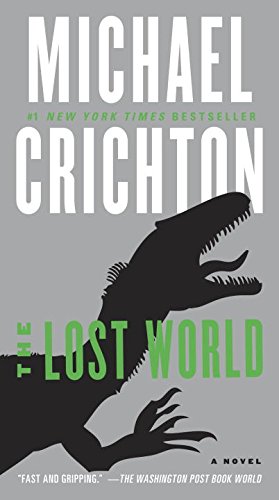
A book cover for The Lost World: A Novel (Jurassic Park); Michael Crichton; Science Fiction & Fantasy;